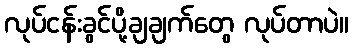
လုပ်ငန်းခွင်ပို့ချချက်တွေ လုပ်တာပဲ။